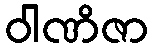
ဝါဏိဇာ